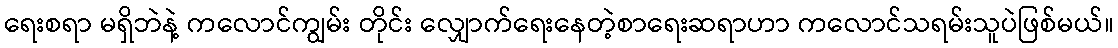
ရေးစရာ မရှိဘဲနဲ့ ကလောင်ကျွမ်း တိုင်း လျှောက်ရေးနေတဲ့စာရေးဆရာဟာ ကလောင်သရမ်းသူပဲဖြစ်မယ်။